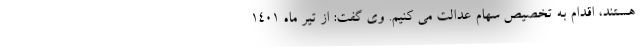
هستند، اقدام به تخصیص سهام عدالت می کنیم. وی گفت: از تیر ماه ۱۴۰۱